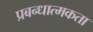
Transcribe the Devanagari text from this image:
प्रबन्धात्मकता